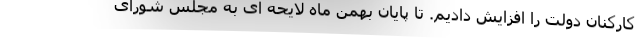
کارکنان دولت را افزایش دادیم. تا پایان بهمن ماه لایحه ای به مجلس شورای